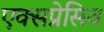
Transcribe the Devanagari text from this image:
एक्सप्रेसिव